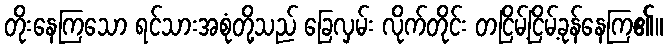
တိုးနေကြသော ရင်သားအစုံတို့သည် ခြေလှမ်း လိုက်တိုင်း တငြိမ့်ငြိမ့်ခုန်နေကြ၏။